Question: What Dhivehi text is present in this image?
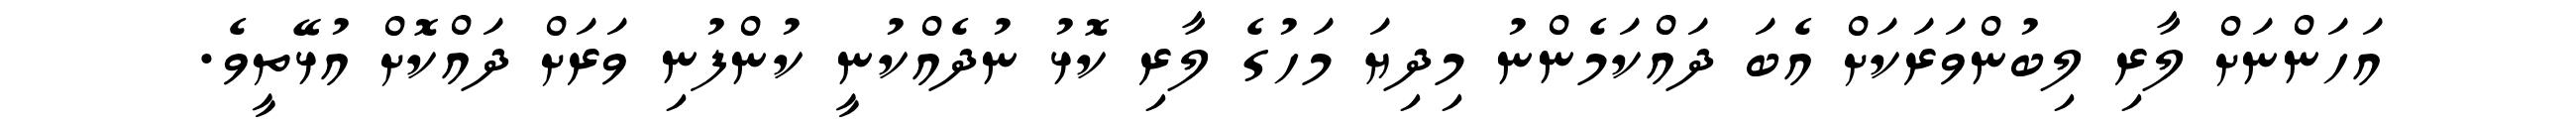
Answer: އަހަންނަށް ލާރި ލިބުންވަރަކަށް އެބަ ދައްކަމެންނު މިދިޔަ މަހުގެ ލާރި ކޮޅު ނުދެއްކުނީ ކުންފުނި ވަރަށް ދައްކޮށް އުޅޭތީވެ.